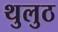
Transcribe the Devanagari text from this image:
थुलुठ